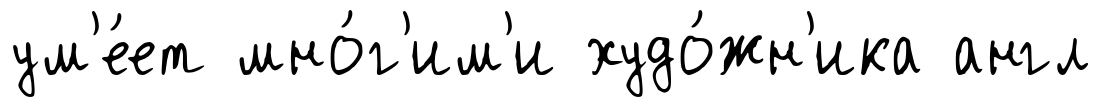
ум'е́ет мно́г'им'и худо́жн'ика англ